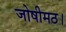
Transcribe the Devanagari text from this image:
जोषीमठ।